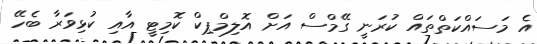
އެ މަސައްކަތްތައް ކުރަނީ ގޭމްސް އަށް އޮލިމްޕިކް ކޮމިޓީ އާއި ކުޅިވަރާ ބެހޭ